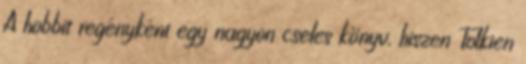
A hobbit regényként egy nagyon cseles könyv, hiszen Tolkien